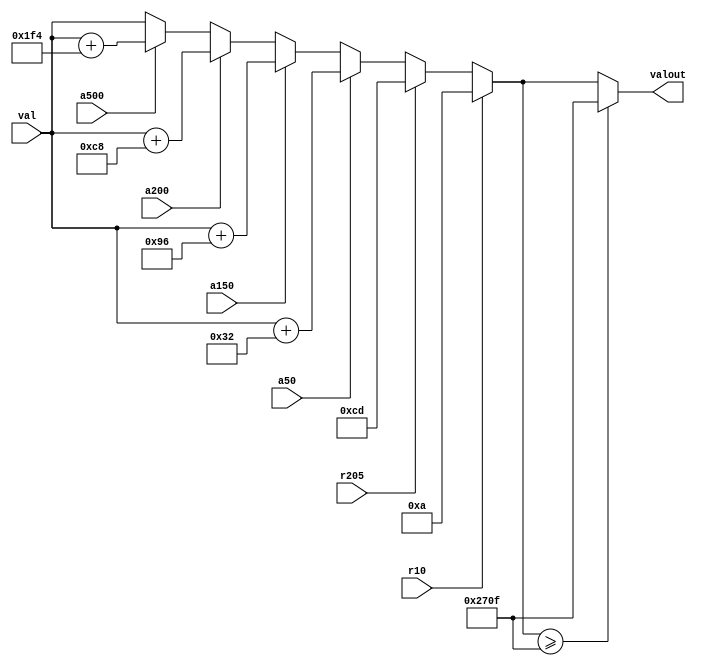
module Lab4counter(val, r10, r205, a50, a150, a200, a500, valout);
input [13:0] val;
input r10, r205, a50, a150, a200, a500;
output [13:0] valout;

reg [13:0] intVal;

initial
begin
	intVal <= 0;
end

//always @(val)
//begin
//	// val contains the decremented value
//	intVal <= val;
//end

always @(val, r10, r205, a50, a150, a200, a500)
begin
	if (r10)
	begin
		intVal <= 10;
	end
	else if (r205)
	begin
		intVal <= 205;
	end
	else if (a50)
	begin
		intVal <= val + 50;
	end
	else if (a150)
	begin
		intVal <= val + 150;
	end
	else if (a200)
	begin
		intVal <= val + 200;
	end
	else if (a500)
	begin
		intVal <= val + 500;
	end
	else
	begin
		intVal <= val;
	end
end

assign valout = (intVal >= 9999) ? 9999 : intVal;

endmodule